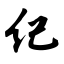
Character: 纪